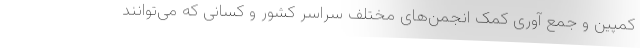
کمپین و جمع آوری کمک انجمن‌های مختلف سراسر کشور و کسانی که می‌توانند